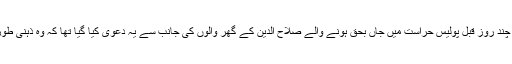
واضح رہے کہ چند روز قبل پولیس حراست میں جاں بحق ہونے والے صلاح الدین کے گھر والوں کی جانب سے یہ دعویٰ کیا گیا تھا کہ وہ ذہنی طور پر معذور تھا۔